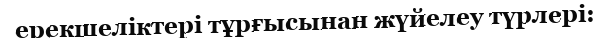
ерекшеліктері тұрғысынан жүйелеу түрлері: